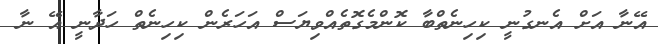
އޭނާ އަށް އެނގުނީ ކިހިނެތްބާ ކޮންމެގޮތެއްވިޔަސް އަހަރެން ކިހިނެތް ހަދާނީ އޭ ނާ